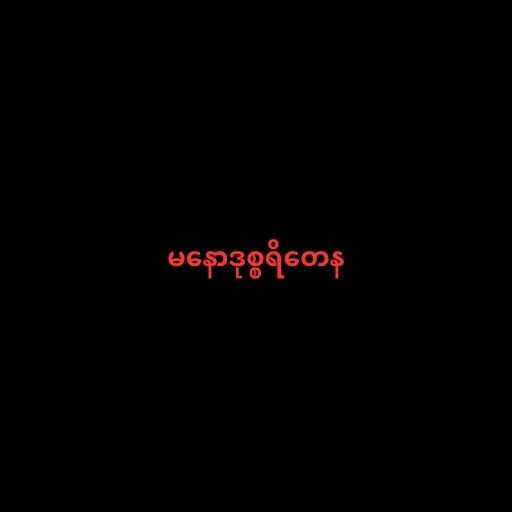
မနောဒုစ္စရိတေန